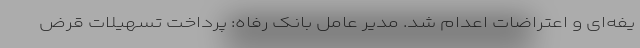
یفه‌ای و اعتراضات اعدام شد. مدیر عامل بانک رفاه: پرداخت تسهیلات قرض